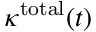
\kappa ^ { \mathrm { t o t a l } } ( t )